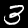
Digit: 3